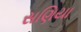
સણિયા